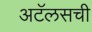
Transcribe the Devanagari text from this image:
अटॅलसची